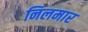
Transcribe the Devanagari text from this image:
निलमार